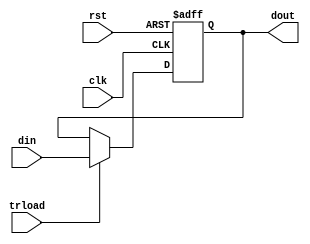
/*,*/
module tr(din, clk,rst, trload, dout);
	input clk,rst,trload;
	input [7:0] din;
	output reg[7:0] dout;
	always@(posedge clk or negedge rst)
	begin
		if(rst==0)
			dout <= 0;
		else if(trload)
			dout <= din;
	end
endmodule